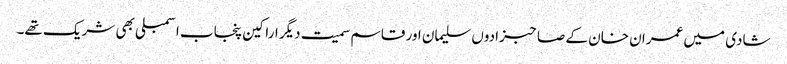
شادی میں عمران خان کے صاحبزادوں سلیمان اور قاسم سمیت دیگر اراکین پنجاب اسمبلی بھی شریک تھے۔